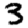
Digit: 3